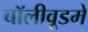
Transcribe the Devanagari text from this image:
बॉलीवूडमे